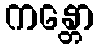
ကန္တော